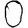
Digit: 0